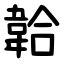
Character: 韐